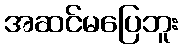
အဆင်မပြေဘူး